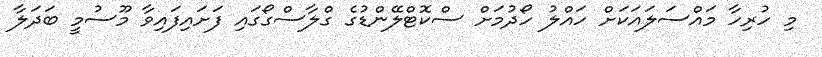
މި ހުރިހާ މައްސަލައަކަށް ހައްލު ހޯދުމަށް ސްކޮޓްލޭންޑުގެ ގްލާސްގޯގައި ފަށައިފައިވާ މޫސުމީ ބަދަލާ